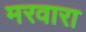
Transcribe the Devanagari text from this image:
मरवारा